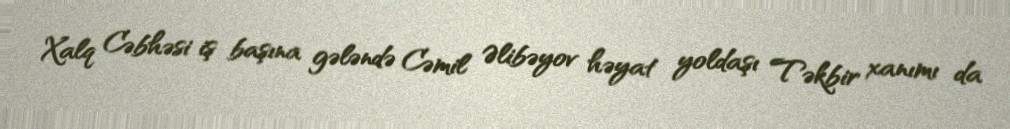
Xalq Cəbhəsi iş başına gələndə Cəmil Əlibəyov həyat yoldaşı Təkbir xanımı da